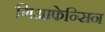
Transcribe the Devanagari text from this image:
गिआफेन्सिन